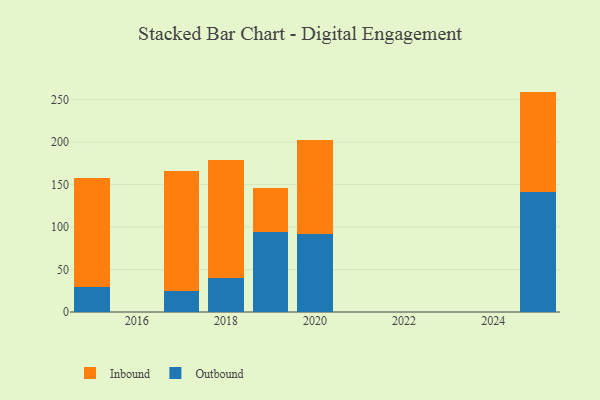
{"axis": {"x": "Year", "y": "Market Share (%)"}, "legend": ["Inbound", "Outbound"], "data": [{"x": "2018", "y": 40.0, "type": "Outbound"}, {"x": "2018", "y": 138.6, "type": "Inbound"}, {"x": "2025", "y": 141.8, "type": "Outbound"}, {"x": "2025", "y": 117.6, "type": "Inbound"}, {"x": "2019", "y": 93.6, "type": "Outbound"}, {"x": "2019", "y": 52.6, "type": "Inbound"}, {"x": "2020", "y": 91.3, "type": "Outbound"}, {"x": "2020", "y": 110.7, "type": "Inbound"}, {"x": "2017", "y": 24.3, "type": "Outbound"}, {"x": "2017", "y": 141.6, "type": "Inbound"}, {"x": "2015", "y": 29.7, "type": "Outbound"}, {"x": "2015", "y": 127.6, "type": "Inbound"}]}